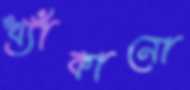
খ্যাঁকানো